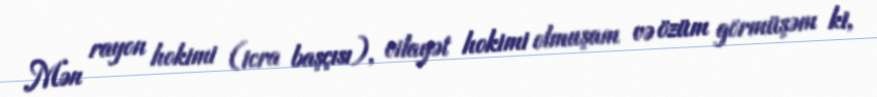
Mən rayon hokimi (icra başçısı), vilayət hokimi olmuşam və özüm görmüşəm ki,